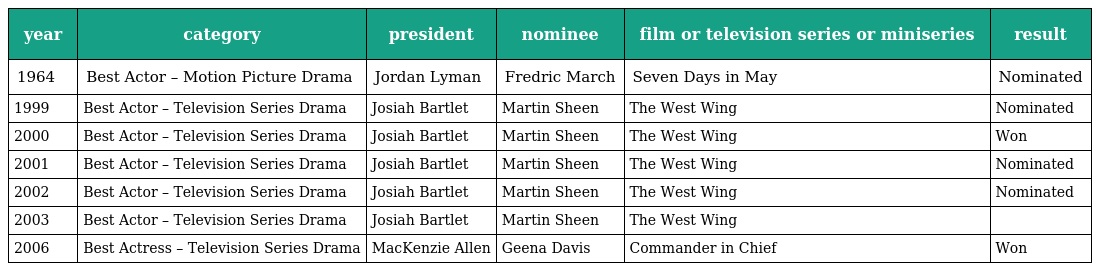
| year | category | president | nominee | film or television series or miniseries | result |
 | --- | --- | --- | --- | --- | --- |
 | 1964 | Best Actor – Motion Picture Drama | Jordan Lyman | Fredric March | Seven Days in May | Nominated |
 | 1999 | Best Actor – Television Series Drama | Josiah Bartlet | Martin Sheen | The West Wing | Nominated |
 | 2000 | Best Actor – Television Series Drama | Josiah Bartlet | Martin Sheen | The West Wing | Won |
 | 2001 | Best Actor – Television Series Drama | Josiah Bartlet | Martin Sheen | The West Wing | Nominated |
 | 2002 | Best Actor – Television Series Drama | Josiah Bartlet | Martin Sheen | The West Wing | Nominated |
 | 2003 | Best Actor – Television Series Drama | Josiah Bartlet | Martin Sheen | The West Wing |  |
 | 2006 | Best Actress – Television Series Drama | MacKenzie Allen | Geena Davis | Commander in Chief | Won |